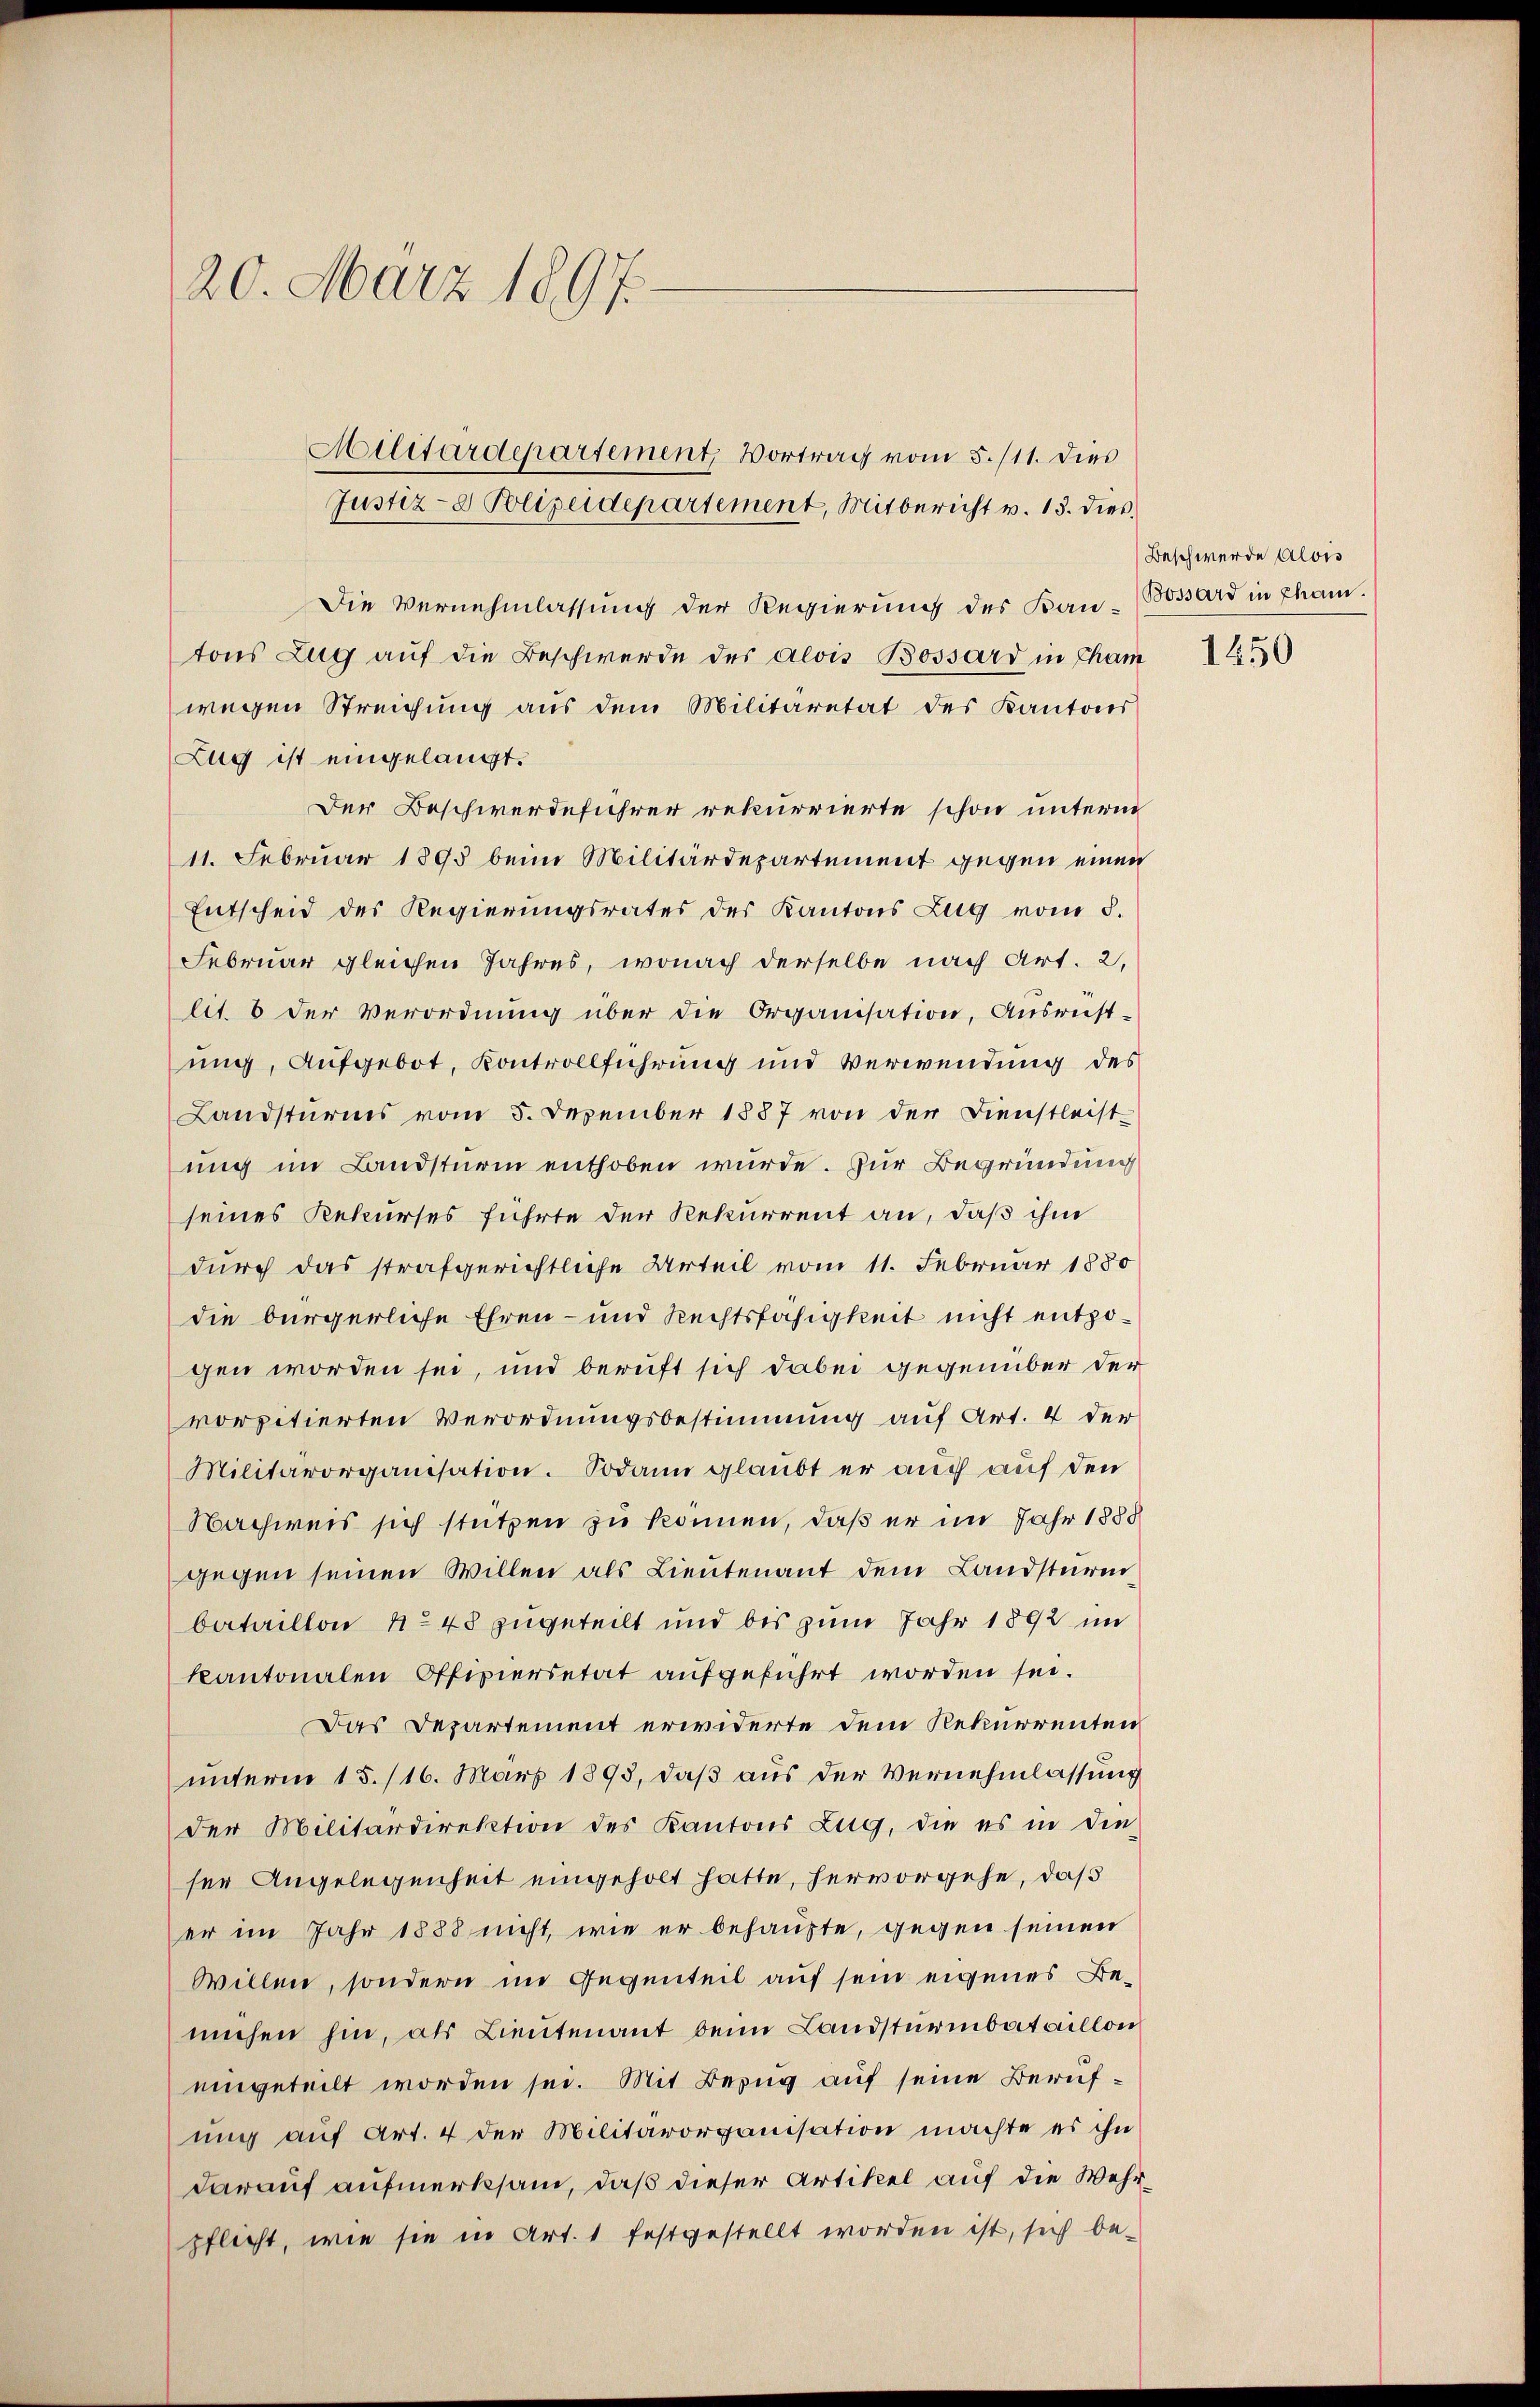
20. März 1897.

Die Vernehmlassung der Regierung des Baŭ- Bossard in Cham.
tons Zug auf die Beschwerde des Alois Bossard in Cham
wegen Streichung aus dem Militaretat des Kantons
Zug ist eingelangt.
Der Beschwerdeführer rekurrierte schon unterm
11. Februar 1895 beim Militärdepartement gegen einen
Entscheid des Regierungsrates des Kantons Zug vom 5.
Februar gleichen Jahres, wonach derselbe nach Art. 2,
lit. 6 der Verordnŭng über die Organisation, Ausrust-
ung, aufgebot, Kontrollführung und Verwendung des
Landsturms vom 5. Dezember 1887 von der Dienstleist-
ung im Landsturm enthoben wurde. Zur Begründung
seines Rekurses führte der Rekurrent an, daß ihm
durch das strafgerichtliche Urteil vom 11. Februar 1880
die bürgerliche Ehren- und Rechtsfahigkeit nicht entzogen worden sei, und beruft sich dabei gegenüber der
vorpitierten Verordnungsbestimmung auf Art. 4 der
Militärorganisation. Sodann glaubt er auch auf den
Nachweis sich stützen zu können, daß er im Jahr 1888
gegen seinen Willen als Lieutenant dem Landstürm
bataillon No 48 zugeteilt und bis zum Jahr 1892 im
kantonalen Offiziersetat aufgeführt worden sei.
Das Departement erwiderte dem Rekurrenten
unterm 15. /16. März 1893, daß aus der Vernehmlassung
der Militärdirektion des Kantons Zug, die es in die
ser Angelegenheit eingeholt hatte, hervorgehe, daß
er im Jahr 1888 nicht, wie er behaupte, gegen seinen
Willen, sondern im Gegenteil auf sein eigenes Bemechen hin, als Lieutenant beim Landsturmbataillon
eingeteilt worden sei. Mit Bezug auf seine Berufung auf Art. 4 der Militärorganisation machte es ihn
darauf aufmerksam, daß dieser Artikel auf die Wehrpflicht, wie sie in Art. 1 festgestellt worden ist, sich be¬

Militärdepartement, Vortrag vom 5./11. dies
Justiz- & Polizeidepartement, Mitbericht v. 13. dies

Beschwerde Alois

1650